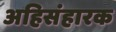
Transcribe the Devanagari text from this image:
अहिसंहारक